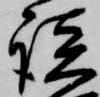
談